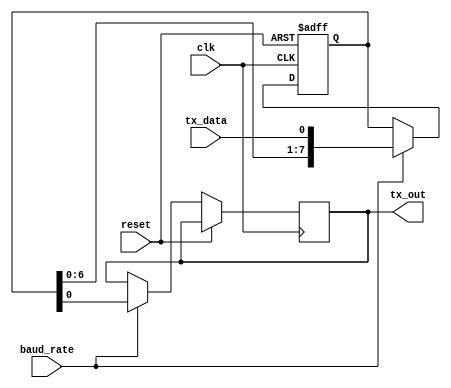
module uart_transmitter(
    input wire clk,        // System clock signal
    input wire reset,      // Reset signal
    input wire tx_data,    // Data to be transmitted
    input wire baud_rate,  // Baud rate signal
    
    output reg tx_out      // Output signal
);

reg [7:0] data_buffer;    // Data buffer to store transmitted data

always @(posedge clk or posedge reset) begin
    if (reset) begin
        data_buffer <= 8'b0;    // Reset data buffer
    end else begin
        if (baud_rate) begin
            tx_out <= data_buffer[0];    // Transmit data when baud rate is high
            data_buffer <= {data_buffer[6:0], tx_data};    // Shift in new data into buffer
        end
    end
end

endmodule